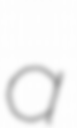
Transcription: a